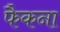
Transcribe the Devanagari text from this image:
फैकना